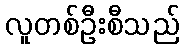
လူတစ်ဦးစီသည်